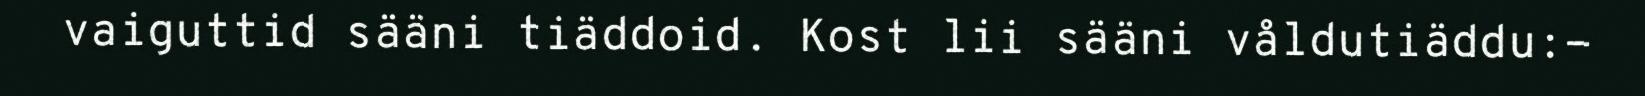
vaiguttid sääni tiäddoid. Kost lii sääni våldutiäddu:-